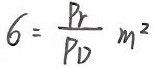
$6 = \frac{P_{r}}{P_{D}} \ m^{2}$